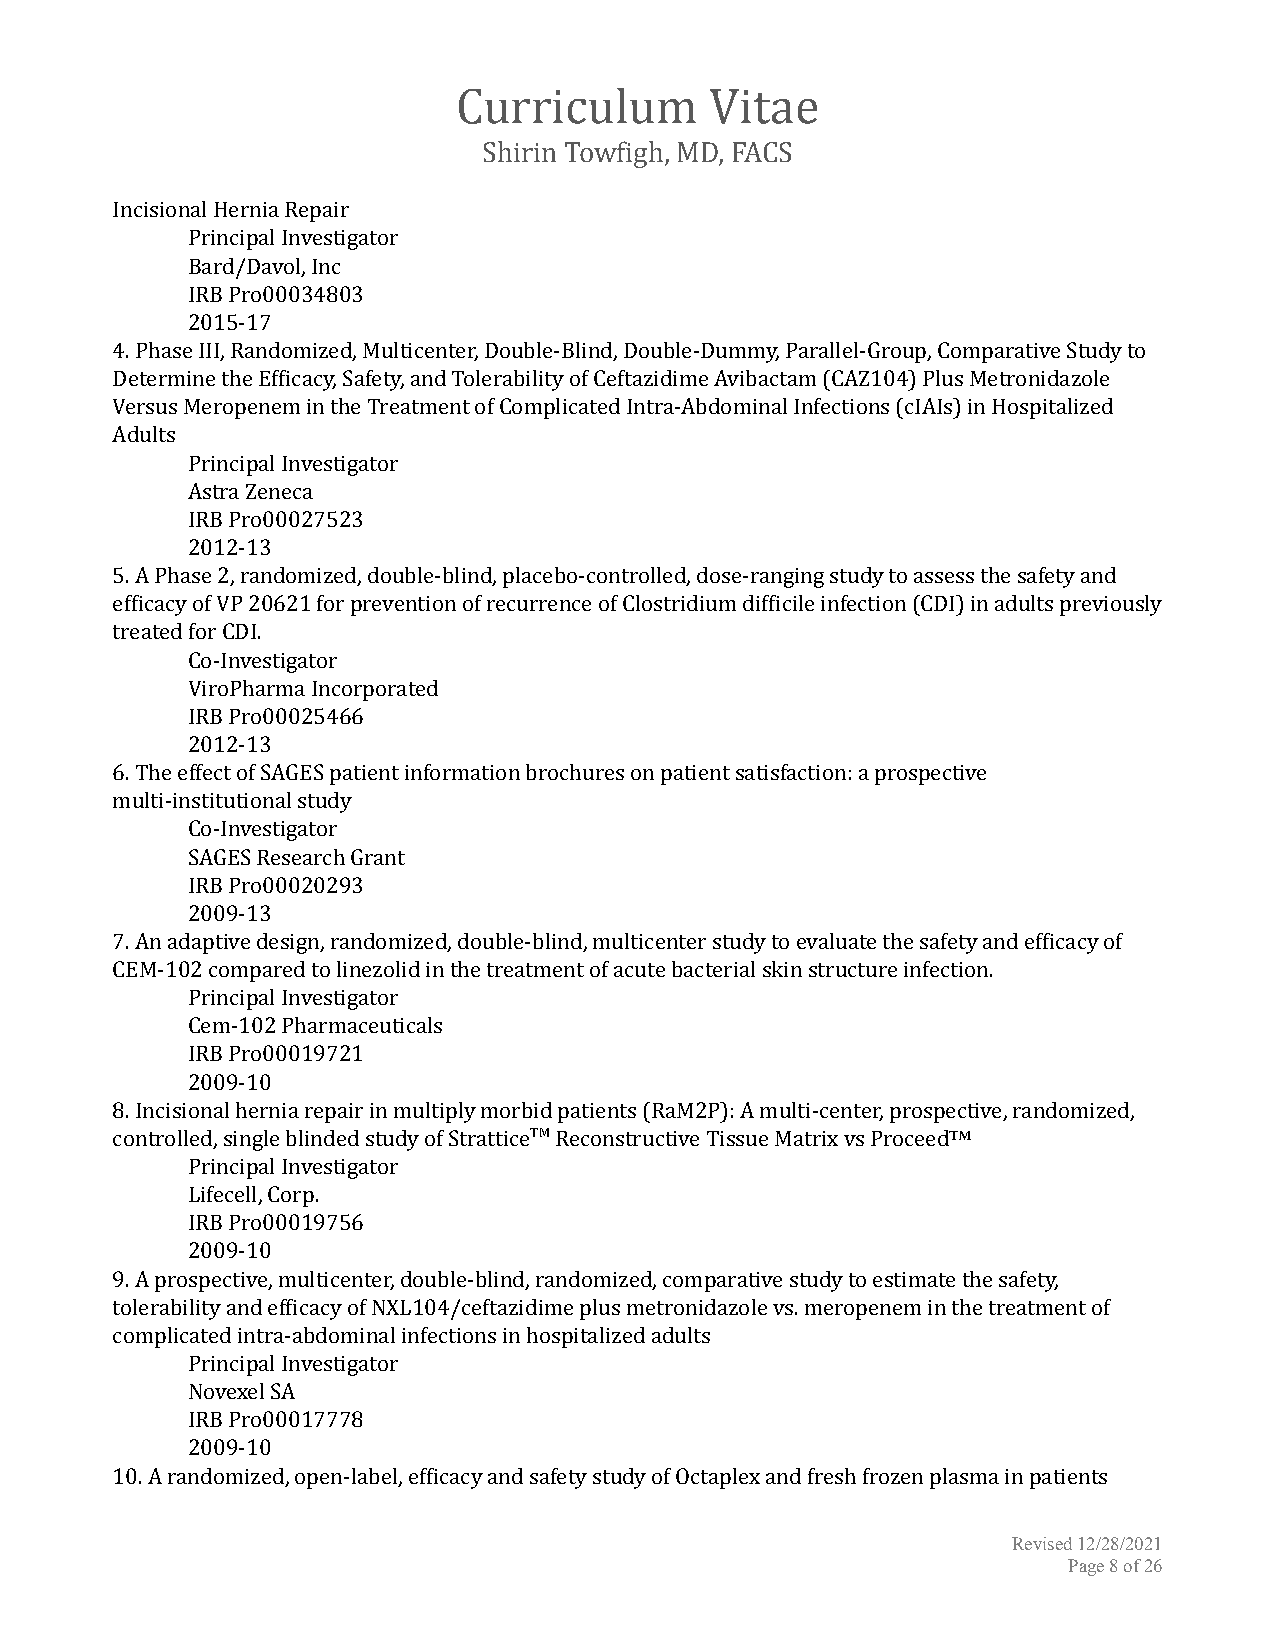
Curriculum       Vitae
 Shirin Towfigh, MD, FACS
 Incisional Hernia Repair
 Principal Investigator
 Bard/Davol, Inc
 IRB Pro00034803
 2015-17
 4. Phase III, Randomized, Multicenter, Double-Blind, Double-Dummy, Parallel-Group, Comparative Study to
 Determine the Efficacy, Safety, and Tolerability of Ceftazidime Avibactam (CAZ104) Plus Metronidazole
 Versus Meropenem in the Treatment of Complicated Intra-Abdominal Infections (cIAIs) in Hospitalized
 Adults
 Principal Investigator
 Astra Zeneca
 IRB Pro00027523
 2012-13
 5. A Phase 2, randomized, double-blind, placebo-controlled, dose-ranging study to assess the safety and
 efficacy of VP 20621 for prevention of recurrence of Clostridium difficile infection (CDI) in adults previously
 treated for CDI.
 Co-Investigator
 ViroPharma Incorporated
 IRB Pro00025466
 2012-13
 6. The effect of SAGES patient information brochures on patient satisfaction: a prospective
 multi-institutional study
 Co-Investigator
 SAGES Research Grant
 IRB Pro00020293
 2009-13
 7. An adaptive design, randomized, double-blind, multicenter study to evaluate the safety and efficacy of
 CEM-102 compared to linezolid in the treatment of acute bacterial skin structure infection.
 Principal Investigator
 Cem-102 Pharmaceuticals
 IRB Pro00019721
 2009-10
 8. Incisional hernia repair in multiply morbid patients (RaM2P): A multi-center, prospective, randomized,
 controlled, single blinded study of StratticeTMReconstructiveTissue Matrix vs Proceed™
 Principal Investigator
 Lifecell, Corp.
 IRB Pro00019756
 2009-10
 9. A prospective, multicenter, double-blind, randomized, comparative study to estimate the safety,
 tolerability and efficacy of NXL104/ceftazidime plus metronidazole vs. meropenem in the treatment of
 complicated intra-abdominal infections in hospitalized adults
 Principal Investigator
 Novexel SA
 IRB Pro00017778
 2009-10
 10. A randomized, open-label, efficacy and safety study of Octaplex and fresh frozen plasma in patients
 Revised 12/28/2021
 Page8of26